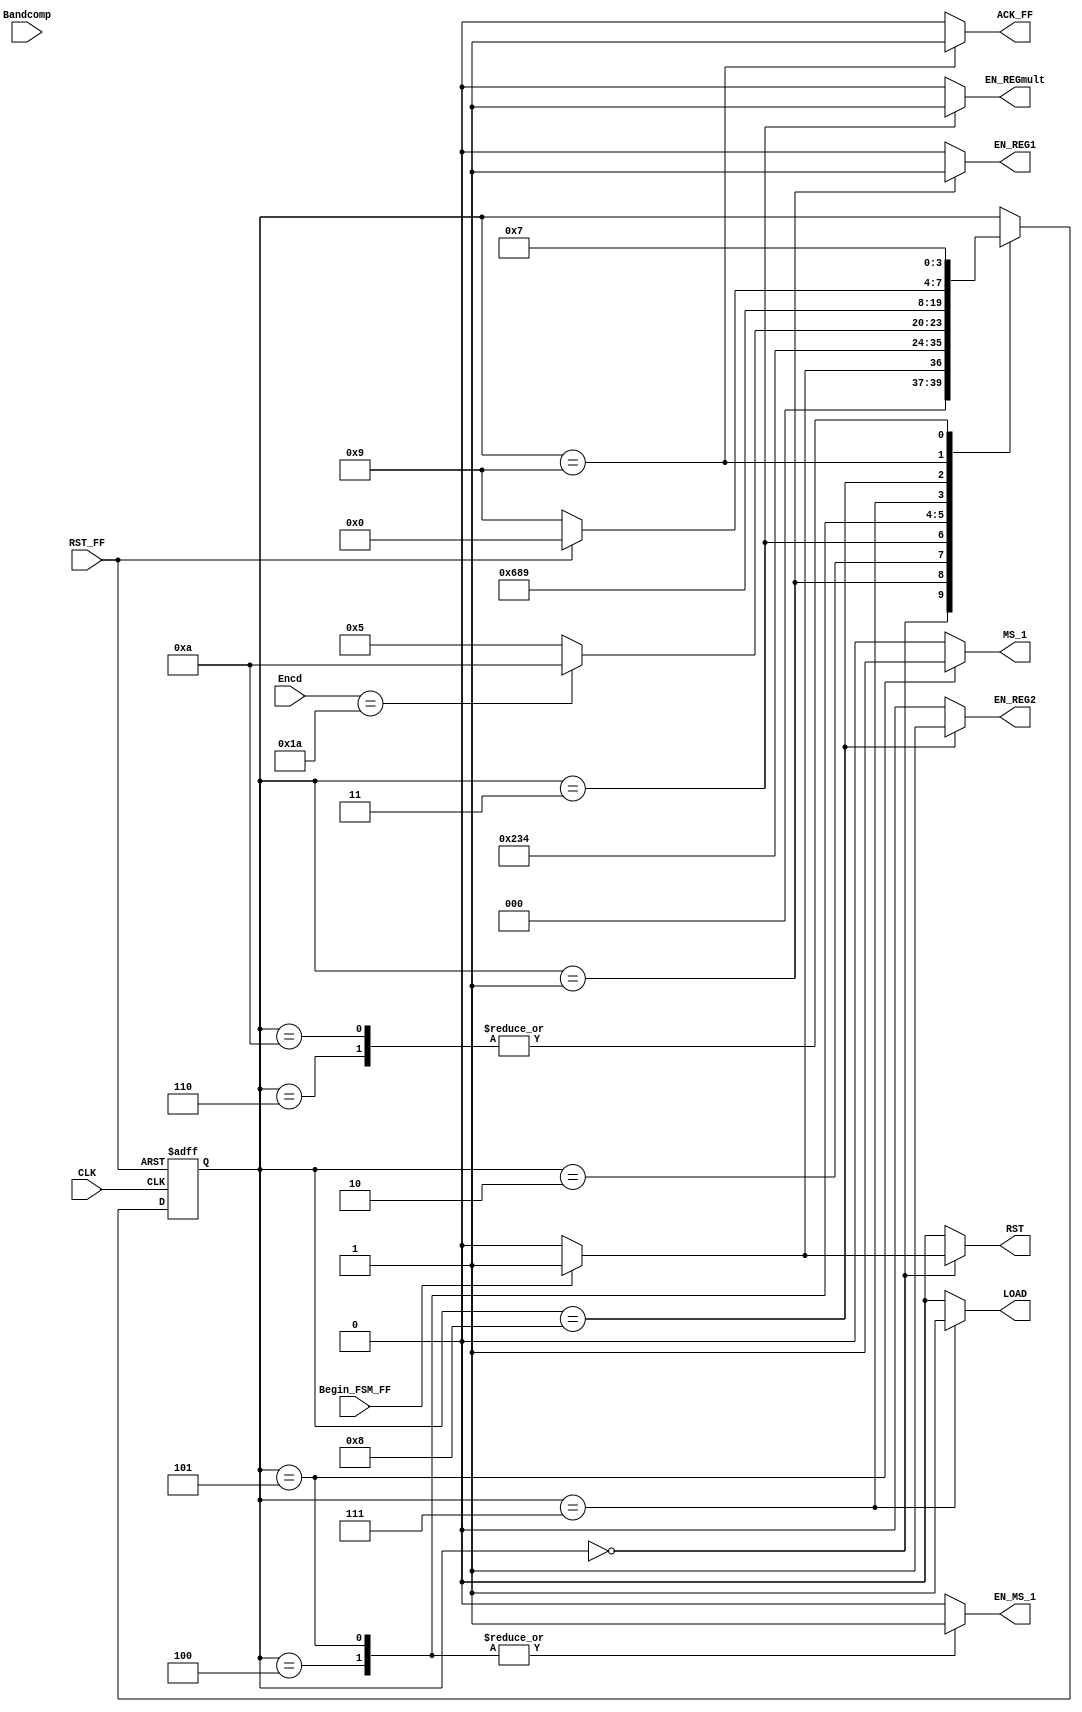
module FSM_Convert_Fixed_To_Float(
		//INPUTS
		input wire CLK,           //system clock
		input wire RST_FF,        //system reset 
		input wire Bandcomp,      //INDICA SI EL VALOR DEL EXPONENTE ES MAYOR QUE 26 
		input wire Begin_FSM_FF,  //inicia la maquina de estados 
		input wire [7:0] Encd,    //CONTIENE EL VALOR DEL PRIMER 1 EN LA SECUENCIA BINARIA DEL NUMERO PUNTO FIJO 
		// OUTPUTS		
        output reg EN_REG1,       //ENABLE PARA EL REGISTRO QUE GUARDA EL NUMERO EN PUNTO FIJO
        output reg EN_REGmult,    //ENABLE PARA EL REGISTRO MULT QUE GUARDA EL VALOR A TRUNCAR 
        output reg LOAD,          //SELECCION PARA EL REGISTRO DE DESPLAZAMIENTOS 
        output reg MS_1,          //SELECCION DEL MUX 1 (VALOR INICIAL DE LA POSICION DEL 1 , VALOR DE DESPLAZAMIENTOS 1)
        output reg ACK_FF,        //INDICA QUE LA CONVERSION FUE REALIZADA
        output reg EN_MS_1,
        output reg EN_REG2,
        output reg RST

	 );

parameter [3:0] 
    //se definen los estados que se utilizaran en la maquina
		a = 4'b0000,
		b = 4'b0001,
	    c = 4'b0010,
	    d = 4'b0011,
	    e = 4'b0100,
	    f = 4'b0101,
		g = 4'b0110,
		h = 4'b0111,
		i = 4'b1000,
		j = 4'b1001,
		k = 4'b1010;
					
    reg [3:0] state_reg, state_next ; //state registers declaration

////
    always @(posedge CLK, posedge RST_FF)
	   if (RST_FF)
	      begin
		  state_reg <= a;	
	      end
	   else 
	      begin
		  state_reg <= state_next;
	   end

//assign State = state_reg;
///	
always @*
    begin
	state_next = state_reg;
	
	EN_REG1 = 1'b0;
	EN_REGmult = 1'b0;
	EN_REG2 = 1'b0;
    ACK_FF = 1'b0;
    EN_MS_1 = 1'b0;
    MS_1 = 1'b0;
    LOAD = 1'b0;
    RST = 1'b0;
    
	case(state_reg)
	    a: 
        begin
                
            if(Begin_FSM_FF) 
                begin
                RST = 1'b1;
                ACK_FF = 1'b0;    
                state_next = b;
                end
            else  
                state_next = a;
           
        end
            
		b: 
		begin
		    EN_REG1 = 1'b1;    
	        state_next = c;
		end
		
		c:
		begin
		    state_next = d;
		end
		
		d: 
        begin
            EN_REGmult = 1'b1;    
            state_next = e;
        end
		
		e:
		begin
			EN_MS_1 = 1'b1;
			if(Encd == 8'b00011010)
                state_next = k;
            else
            state_next = f;
		end
		
		f:
        begin
            EN_MS_1 = 1'b1;
            MS_1 = 1'b1;
            state_next = g;
        end
        
        g:
        begin
            state_next = h;
        end     
           		
		h:
		begin
		    LOAD = 1'b1;
		    state_next = i;
        end
	
	    i:
        begin
            EN_REG2 = 1'b1;
            state_next = j;
        end
            
		j:
		begin			
			ACK_FF = 1'b1;
			if(RST_FF)
                 state_next = a;
            else
                state_next = j;
		end
		
		k:
        begin
            state_next = h;
        end
                
	endcase
    end

endmodule